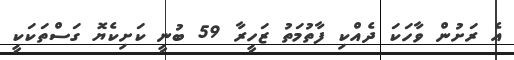
އެ ރަށުން ވާހަކަ ދެއްކި ފާތުމަތު ޒަހީރާ 59 ބުނީ ކަށިކެޔޮ ގަސްތަކަކީ